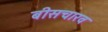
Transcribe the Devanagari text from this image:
बीसचारव